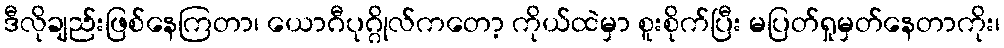
ဒီလိုချည်းဖြစ်နေကြတာ၊ ယောဂီပုဂ္ဂိုလ်ကတော့ ကိုယ်ထဲမှာ စူးစိုက်ပြီး မပြတ်ရှုမှတ်နေတာကိုး၊